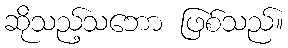
ဆိုသည့်သဘော ဖြစ်သည်။